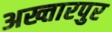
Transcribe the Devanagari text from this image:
अख्तारपुर